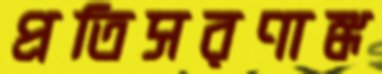
প্রতিসরণাঙ্ক